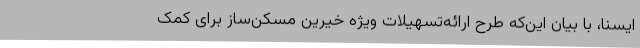
ایسنا، با بیان این‌که طرح ارائه‌تسهیلات ویژه خیرین مسکن‌ساز برای کمک